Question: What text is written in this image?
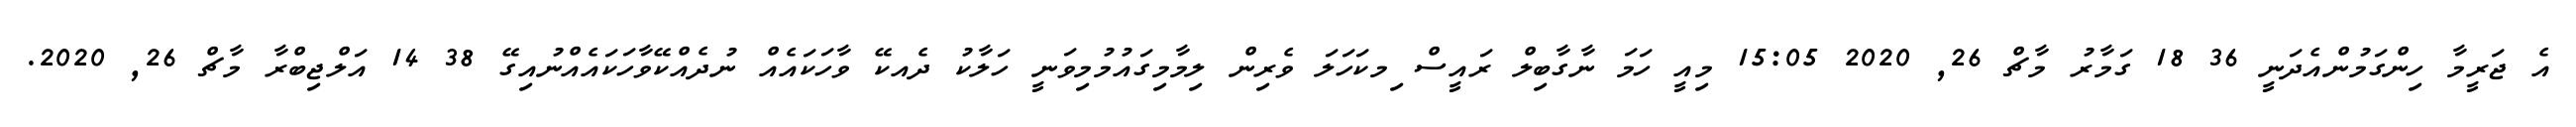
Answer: އެ ޖަރީމާ ހިންގަމުންއެދަނީ 36 18 ގަމާރު މާޗް 26, 2020 15:05 މިއީ ހަމަ ނާގާބިލް ރައީސް ިމކަހަލަ ވެރިން ލިމާމިގައުމުމިވަނީ ހަލާކު ދެއކޭ ވާހަކައެއް ނުދެއްކޭވާހަކައެއްނުއިގޭ 38 14 އަލްޖިބްރާ މާޗް 26, 2020.